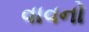
વાવનો